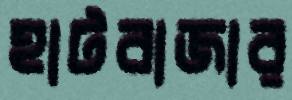
হাটবাজার